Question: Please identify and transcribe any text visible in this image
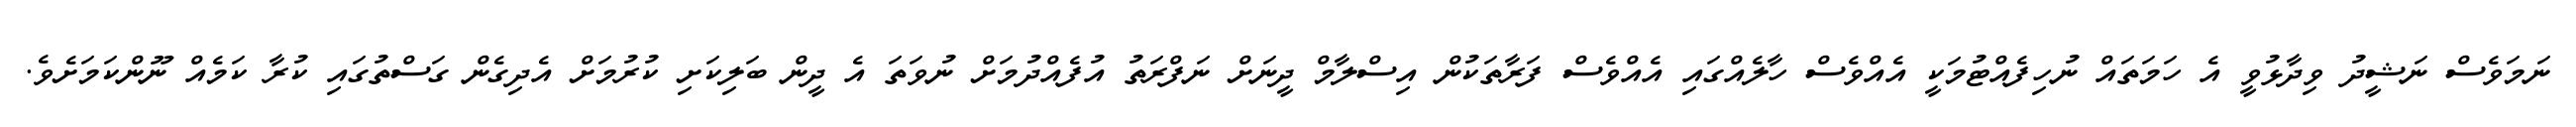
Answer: ނަމަވެސް ނަޝީދު ވިދާޅުވީ އެ ހަމަތައް ނުހިފެއްޓުމަކީ އެއްވެސް ހާލެއްގައި އެއްވެސް ފަރާތަކުން އިސްލާމް ދީނަށް ނަފްރަތު އުފެއްދުމަށް ނުވަތަ އެ ދީން ބަލިކަށި ކުރުމަށް އެދިގެން ގަސްތުގައި ކުރާ ކަމެއް ނޫންކަމަށެވެ.